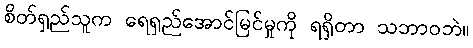
စိတ်ရှည်သူက ရေရှည်အောင်မြင်မှုကို ရရှိတာ သဘာဝဘဲ။